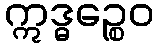
ဣဒ္ဓဉ္စေဝ